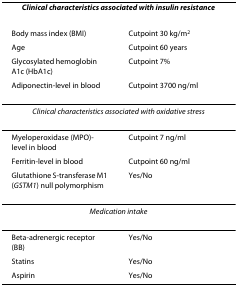
<table><thead><tr><td colspan="2"><b><i>Clinical characteristics associated with insulin resistance</i></b></td></tr></thead><tbody><tr><td>Body mass index (BMI)</td><td>Cutpoint 30 kg/m<sup>2</sup></td></tr><tr><td>Age</td><td>Cutpoint 60 years</td></tr><tr><td>Glycosylated hemoglobin A1c (HbA1c)</td><td>Cutpoint 7%</td></tr><tr><td>Adiponectin-level in blood</td><td>Cutpoint 3700 ng/ml</td></tr><tr><td colspan="2"><i>Clinical characteristics associated with oxidative stress</i></td></tr><tr><td>Myeloperoxidase (MPO)-level in blood</td><td>Cutpoint 7 ng/ml</td></tr><tr><td>Ferritin-level in blood</td><td>Cutpoint 60 ng/ml</td></tr><tr><td>Glutathione S-transferase M1 (<i>GSTM1</i>) null polymorphism</td><td>Yes/No</td></tr><tr><td colspan="2"><i>Medication intake</i></td></tr><tr><td>Beta-adrenergic receptor (BB)</td><td>Yes/No</td></tr><tr><td>Statins</td><td>Yes/No</td></tr><tr><td>Aspirin</td><td>Yes/No</td></tr></tbody></table>